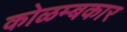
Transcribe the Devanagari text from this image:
कोळम्बकार